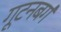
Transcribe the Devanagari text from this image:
गूटनबर्ग